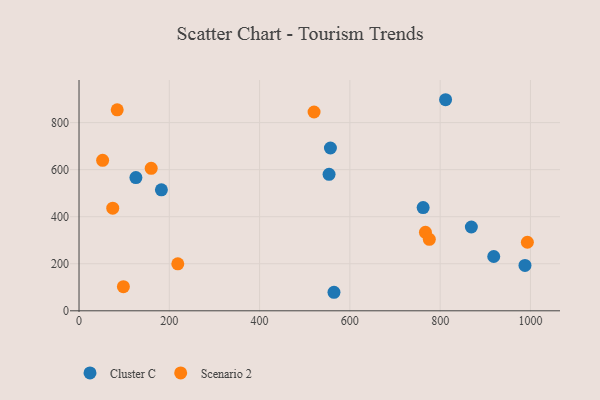
{"axis": {"x": "Investment", "y": "Profit"}, "legend": ["Cluster C", "Scenario 2"], "data": [{"x": "126.0", "y": 566.3, "type": "Cluster C"}, {"x": "553.9", "y": 580.1, "type": "Cluster C"}, {"x": "762.3", "y": 438.7, "type": "Cluster C"}, {"x": "182.5", "y": 514.3, "type": "Cluster C"}, {"x": "918.7", "y": 230.9, "type": "Cluster C"}, {"x": "812.0", "y": 897.3, "type": "Cluster C"}, {"x": "564.8", "y": 78.8, "type": "Cluster C"}, {"x": "987.9", "y": 192.8, "type": "Cluster C"}, {"x": "556.9", "y": 692.1, "type": "Cluster C"}, {"x": "869.1", "y": 356.2, "type": "Cluster C"}, {"x": "520.7", "y": 845.2, "type": "Scenario 2"}, {"x": "98.3", "y": 102.8, "type": "Scenario 2"}, {"x": "84.6", "y": 854.3, "type": "Scenario 2"}, {"x": "52.3", "y": 639.9, "type": "Scenario 2"}, {"x": "767.4", "y": 333.8, "type": "Scenario 2"}, {"x": "993.2", "y": 291.4, "type": "Scenario 2"}, {"x": "776.0", "y": 303.7, "type": "Scenario 2"}, {"x": "218.8", "y": 199.9, "type": "Scenario 2"}, {"x": "159.9", "y": 605.5, "type": "Scenario 2"}, {"x": "74.7", "y": 436.1, "type": "Scenario 2"}]}